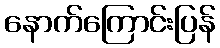
နောက်ကြောင်းပြန်